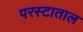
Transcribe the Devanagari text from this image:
परस्टाताल